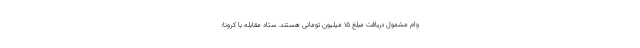
وام مشمول دریافت مبلغ ۱۵ میلیون تومانی هستند. ستاد مقابله با کرونا: